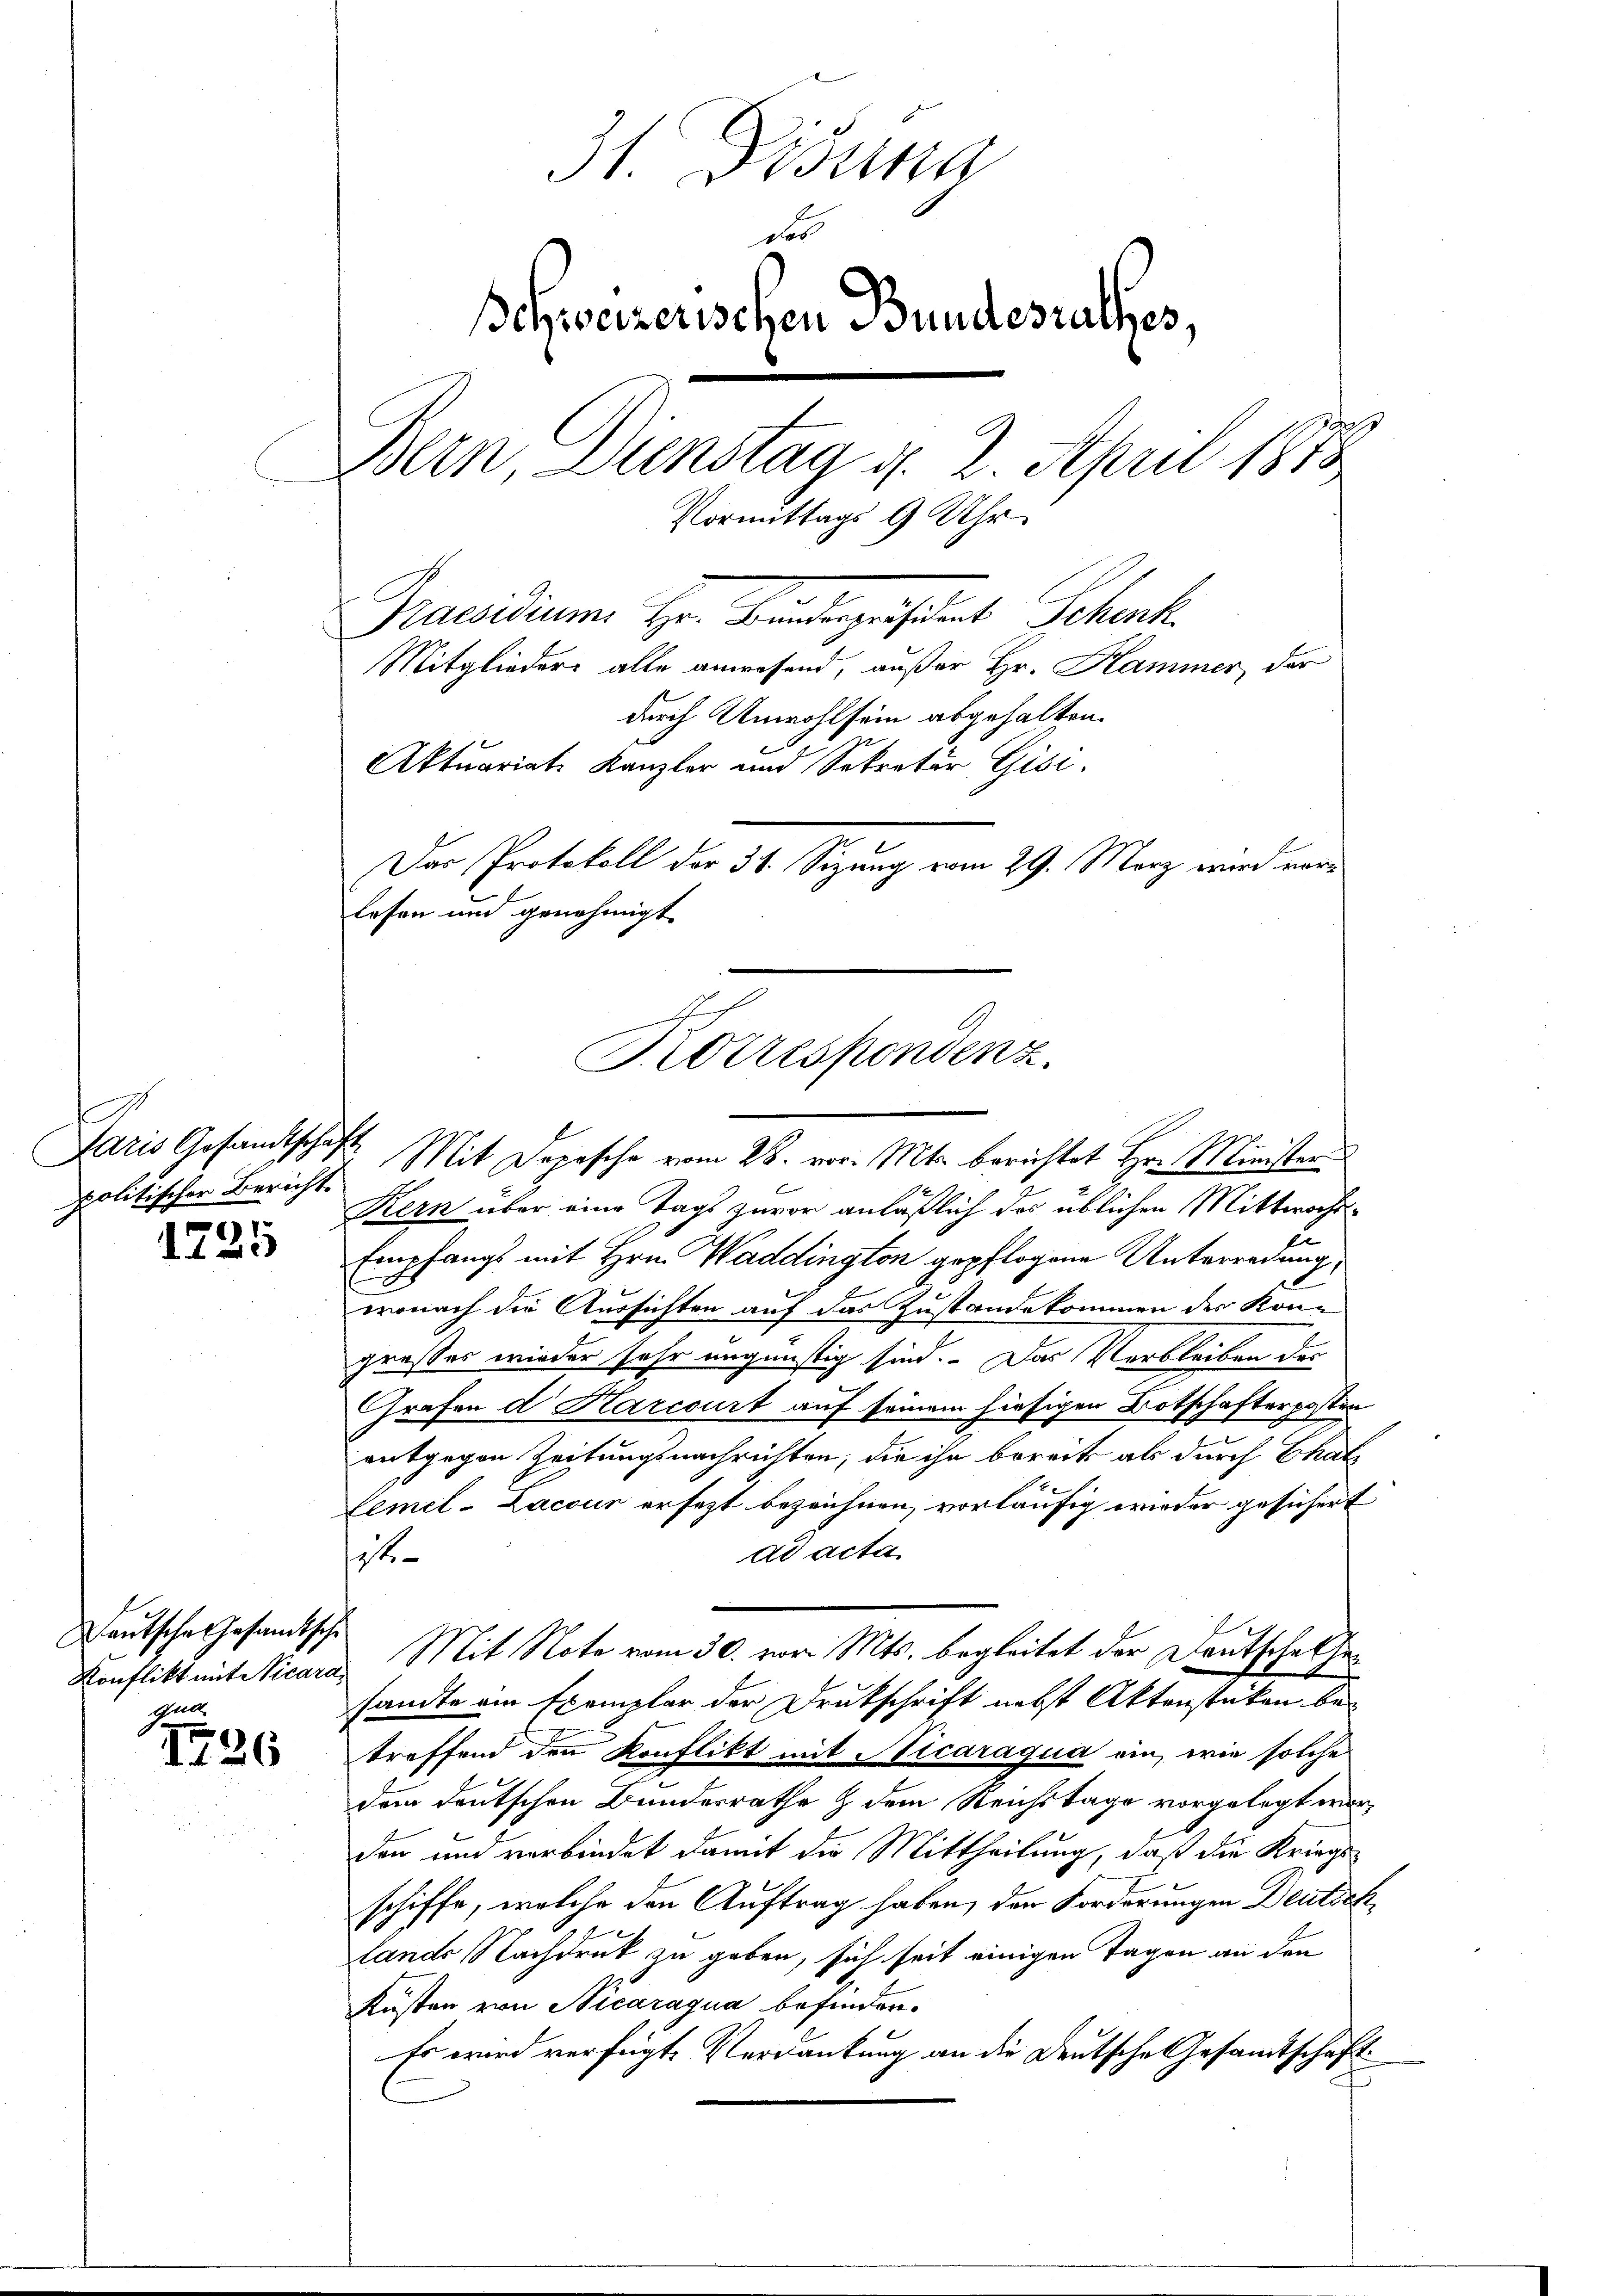
d
politischer Bericht

6)
125

Deutsche Gesamtsche
gun

1726

31. Disena
Fos.
Bchweizerischen Bundesrathes,
Bern, Dienstag d. 2. April 1873
Vormittags 9 Uhr.
Praesidium Hr. Franterpräsident Schenk
Mitgliedere alle anwesend, außer Hr. Hammer, der
durch Unwohlsein abgehalten.
Aktuariats Kanzler und Sekretär Gisi
Das Protokoll der 31. Sizung vom 29. März wird vor¬

lesen und genehmigt.
E
Sorrespondenz.

Paris Gesandtschaft. Mit Depesche vom 26. vor. Mts. berichtet Hr. Minister
Kern über eine Tags zuvor anläßlich des üblichen Mittwochs¬
u
Empfangs mit Hrn. Waddington gepflogene Unterredung,
E
wonach die Aussichten auf das Zustande kommen des Kongroßes wieder sehr ungünstig sind. Das Verbleiben der
Grafen d. Karcourt auf seinem hiesigen Botschafterposten
entgegen Zeitungsnachrichten, die ihn bereits als durch Thats
Lemel-Lacour ersezt bezeichnen, vorläufig wieder gesichert
ad acta.
t
Konflikt mit Nicara Mit Note vom 30. von Mts. begleitet der Deutschelse
sandte ein Exemplar der Drukschrift nebst Aktenstüken betreffend den Konflikt mit Nicaraqua ein, wie solche
dem deutschen Bundesrathe & dem Reichstage vorgelegt war,
den und verbindet damit die Mittheilung, daß die Kriegs-
schiffe, welche den Auftrag haben, den Forderungen Deutsch
Lands Nachdruk zu geben, sich seit einigen Tagen an den
Küsten von Nicaragua befinden.
Es wird verfügte Verdankung an die Deutsche Gesamtschaft.
5